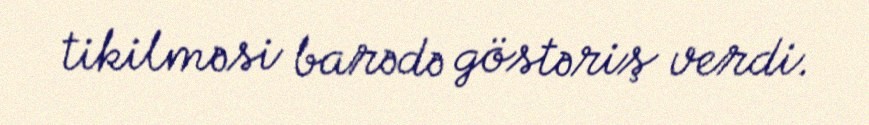
tikilməsi barədə göstəriş verdi.